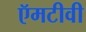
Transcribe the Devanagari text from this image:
ऍमटीवी